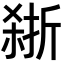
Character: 𪲽